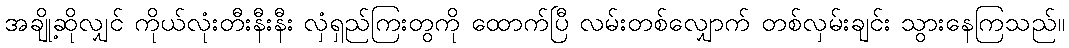
အချို့ဆိုလျှင် ကိုယ်လုံးတီးနီးနီး လှံရှည်ကြးတွကို ထောက်ပြီ လမ်းတစ်လျှောက် တစ်လှမ်းချင်း သွားနေကြသည်။